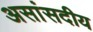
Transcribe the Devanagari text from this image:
असांसदीय